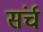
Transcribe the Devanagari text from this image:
संर्च